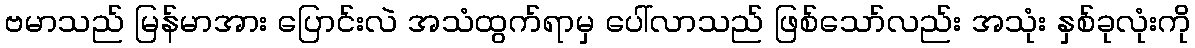
ဗမာသည် မြန်မာအား ပြောင်းလဲ အသံထွက်ရာမှ ပေါ်လာသည် ဖြစ်သော်လည်း အသုံး နှစ်ခုလုံးကို